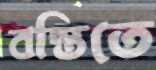
বস্তিতে